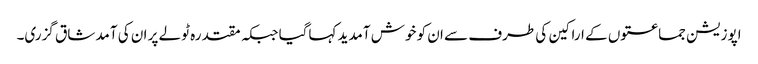
اپوزیشن جماعتوں کے اراکین کی طرف سے ان کو خوش آمدید کہاگیا جبکہ مقتدرہ ٹولے پر ان کی آمد شاق گزری۔